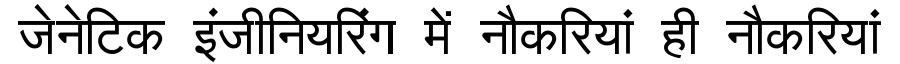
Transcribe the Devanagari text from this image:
जेनेटिक इंजीनियरिंग में नौकरियां ही नौकरियां